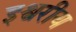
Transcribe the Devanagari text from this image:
इश्वरीय